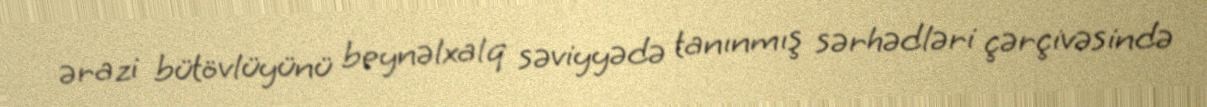
ərazi bütövlüyünü beynəlxalq səviyyədə tanınmış sərhədləri çərçivəsində